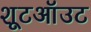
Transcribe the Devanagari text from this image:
शूटऑउट